Civil Veterinary Department. Madras. Admin. report 1910-25 - 1910-1925
Year: 1910
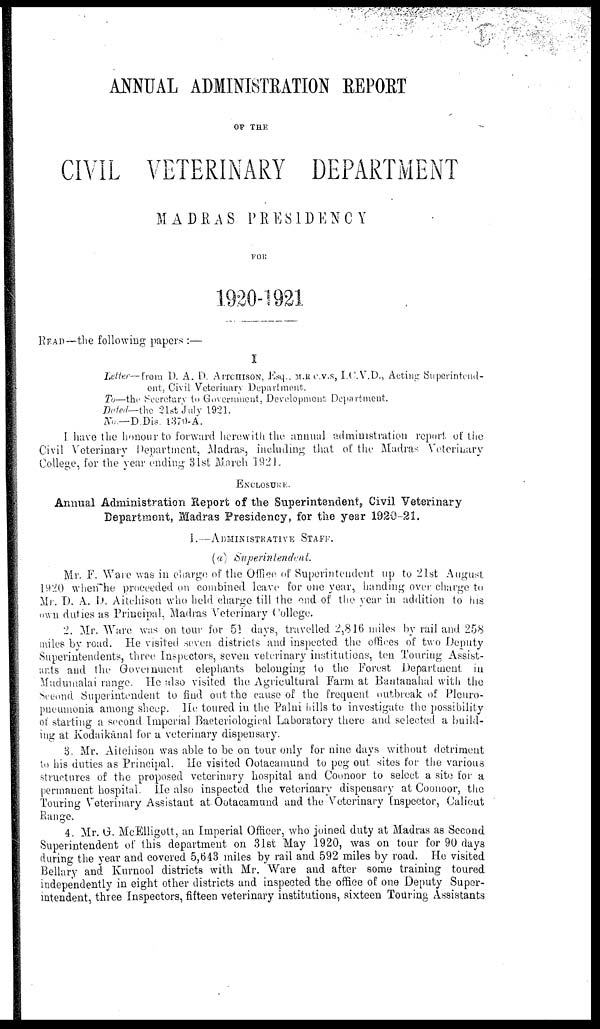
ANNUAL ADMINISTRATION REPORT
OF THE
CIVIL VETERINARY DEPARTMENT
MADRAS PRESIDENCY
FOR
1920-1921
READ—the following papers :—
I
Letter—from D. A. D. AITCHISON, Esq., M.R C.V.S, I.C.V.D., Acting Superintend-
ent, Civil Veterinary Department.
To—the Secretary to Government, Development Department.
Dated—the 21st July 1921.
No.—D.Dis. 1370-A.
I have the honour to forward herewith the annual administration report of the
Civil Veterinary Department, Madras, including that of the Madras Veterinary
College, for the year ending 31st March 1921.
ENCLOSURE.
Annual Administration Report of the Superintendent, Civil Veterinary
Department, Madras Presidency, for the year 1920-21.
I.—ADMINISTRATIVE STAFF.
(a) Superintendent.
Mr. F. Ware was in charge of the Office of Superintendent up to 21st August
1920 when he proceeded on combined leave for one year, handing over charge to
Mr. D. A. D. Aitchison who held charge till the end of the year in addition to his
own duties as Principal, Madras Veterinary College.
2. Mr. Ware was on tour for 51 days, travelled 2,816 miles by rail and 258
miles by road. He visited seven districts and inspected the offices of two Deputy
Superintendents, three Inspectors, seven veterinary institutions, ten Touring Assist
ants and the Government elephants belonging to the Forest Department in
Mudumalai range. He also visited the Agricultural Farm at Bantanahal with the
Second Superintendent to find out the cause of the frequent outbreak of Pleuro
pneumonia among sheep. He toured in the Palni hills to investigate the possibility
of starting a second Imperial Bacteriological Laboratory there and selected a build
ing at Kodaikānal for a veterinary dispensary.
8. Mr. Aitchison was able to be on tour only for nine days without detriment
to his duties as Principal. He visited Ootacamund to peg out sites for the various
structures of the proposed veterinary hospital and Coonoor to select a site for a
permanent hospital. He also inspected the veterinary dispensary at Coonoor, the
Touring Veterinary Assistant at. Ootacamund and the Veterinary Inspector, Calicut
Range.
4. Mr. G. McElligott, an Imperial Officer, who joined duty at Madras as Second
Superintendent of this department on 31st May 1920, was on tour for 90 days
during the year and covered 5,643 miles by rail and 592 miles by road. He visited
Bellary and Kurnool districts with Mr. Ware and after some training toured
independently in eight other districts and inspected the office of one Deputy Super
intendent, three Inspectors, fifteen veterinary institutions, sixteen Touring Assistants